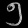
Digit: ၅